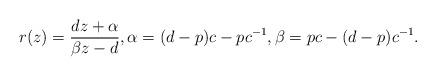
LaTeX: \begin{align*}r(z)=\frac{dz+\alpha}{\beta z -d}, \alpha=(d-p)c-pc^{-1}, \beta=pc -(d-p)c^{-1}.\end{align*}